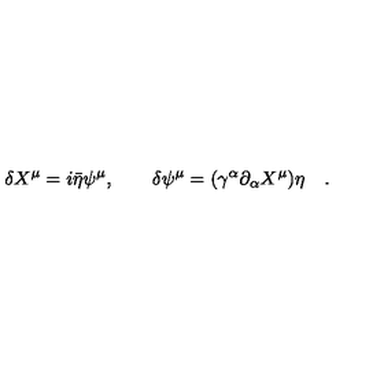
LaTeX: \delta X ^ { \mu } = i \bar { \eta } \psi ^ { \mu } , \quad \quad \delta \psi ^ { \mu } = ( \gamma ^ { \alpha } \partial _ { \alpha } X ^ { \mu } ) \eta \quad .